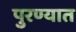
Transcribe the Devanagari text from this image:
पुरण्यात